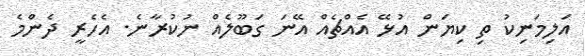
އަލިމަނިކު ތި ކިޔަން އުޅޭ އެއްޗެއް އޭނަ ގަބޫލެއް ނުކުރާނެ. އެހެރީ ދެންމެ